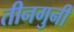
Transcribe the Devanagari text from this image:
तीनगुनी